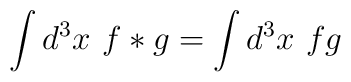
\int d^3x\ f*g=\int d^3x\ fg